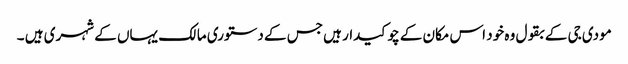
مودی جی کے بقول وہ خود اس مکان کے چوکیدار ہیں جس کے دستوری مالک یہاں کے شہری ہیں ۔